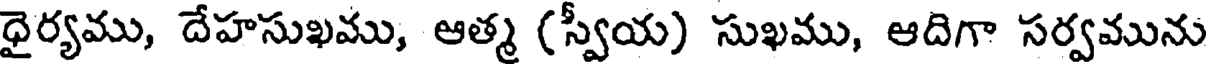
ధైర్యము, దేహసుఖము, ఆత్మ (స్వీయ) సుఖము, ఆదిగా సర్వమును